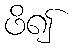
ဖိ၍